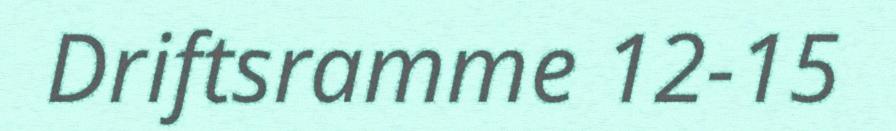
Driftsramme 12-15